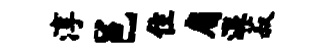
淳邑住肩湿菽